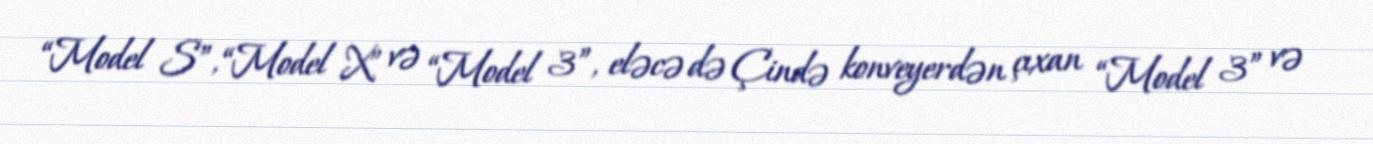
“Model S”, “Model X” və “Model 3”, eləcə də Çində konveyerdən çıxan “Model 3” və